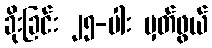
ခိုးခြင်း ၂၅-ပါး မှတ်ဖွယ်